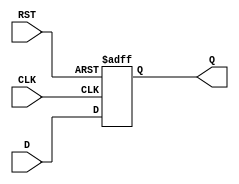
module DataRegister (
    input wire D,        // Data Input
    input wire CLK,      // Clock Input
    input wire RST,      // Reset Input (Active High)
    output reg Q         // Data Output
);

// Asynchronous Reset and Synchronous Capture
always @(posedge CLK or posedge RST) begin
    if (RST) begin
        Q <= 1'b0;      // Clear the register to zero on reset
    end else begin
        Q <= D;         // Capture the input data on the rising edge of CLK
    end
end

endmodule